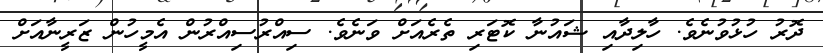
ދޮރު ހުޅުވުނެވެ. ހާލިދާއި ޝައުނާ ކޮޓަރި ތެރެއަށް ވަނެވެ. ސިއްރުސިއްރުން އެމީހުން ޒަރީނާއަށް